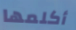
أكلمها